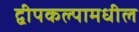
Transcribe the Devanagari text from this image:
द्वीपकल्पामधील